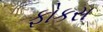
ફોકસ